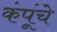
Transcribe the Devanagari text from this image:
कंपूंचे